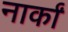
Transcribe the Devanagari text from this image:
नार्कां